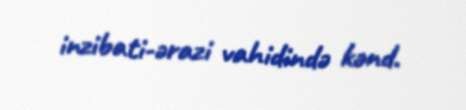
inzibati-ərazi vahidində kənd.